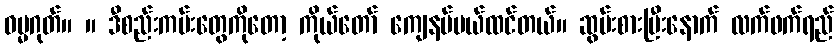
ဓမ္မဂုတ်။ ။ ဒီစည်းကမ်းတွေကိုတော့ ကိုယ်တော် ကျေနပ်မယ်ထင်တယ်။ ဆွမ်းစားပြီးနောက် လက်ဖက်ရည်